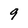
Character: 9